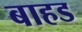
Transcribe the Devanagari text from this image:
बाहड